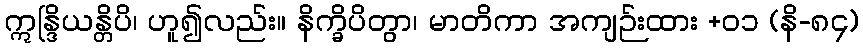
ဣန္ဒြိယန္တိပိ၊ ဟူ၍လည်း။ နိက္ခိပိတွာ၊ မာတိကာ အကျဉ်းထား +၀၁ (နိ-၈၄)